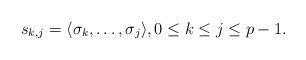
LaTeX: \begin{align*} s_{k,j}=\langle \sigma_k,\ldots,\sigma_j\rangle,0\leq k\leq j\leq p-1.\end{align*}